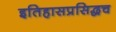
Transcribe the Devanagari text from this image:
इतिहासप्रसिद्धच